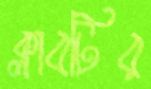
ক্লাবটির